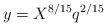
LaTeX: \begin{align*}y=X^{8/15}q^{2/15} \end{align*}